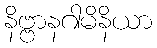
နိဗ္ဗာနဂါမိနိယာ